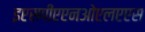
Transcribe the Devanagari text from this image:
इएसपीएएनओएलएएस